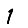
Digit: 1